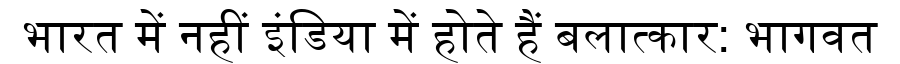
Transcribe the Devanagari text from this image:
भारत में नहीं इंडिया में होते हैं बलात्कार: भागवत